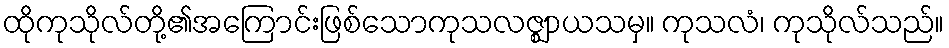
ထိုကုသိုလ်တို့၏အကြောင်းဖြစ်သောကုသလဇ္ဈာယသမှ။ ကုသလံ၊ ကုသိုလ်သည်။